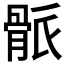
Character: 𩨶